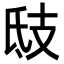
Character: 𢺾